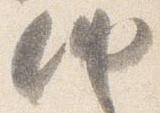
納